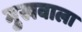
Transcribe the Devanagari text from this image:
मुखवाला